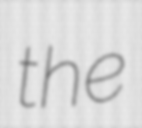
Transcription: the